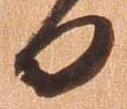
日